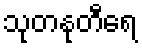
သုတနုတီရေ